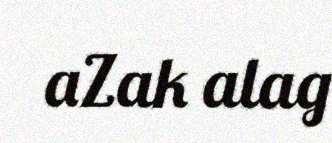
aZak alag